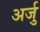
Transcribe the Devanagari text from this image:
अर्जु